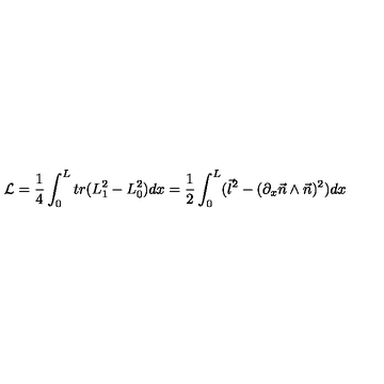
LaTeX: { \cal L } = \frac { 1 } { 4 } \int _ { 0 } ^ { L } t r ( L _ { 1 } ^ { 2 } - L _ { 0 } ^ { 2 } ) d x = \frac { 1 } { 2 } \int _ { 0 } ^ { L } ( \vec { l } ^ { 2 } - ( \partial _ { x } \vec { n } \wedge \vec { n } ) ^ { 2 } ) d x